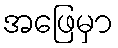
အဖြေမှာ